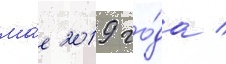
ма́е 2019 го́да /